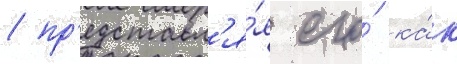
/ пр'едставл'я́я его́ ка́к